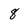
Character: 8